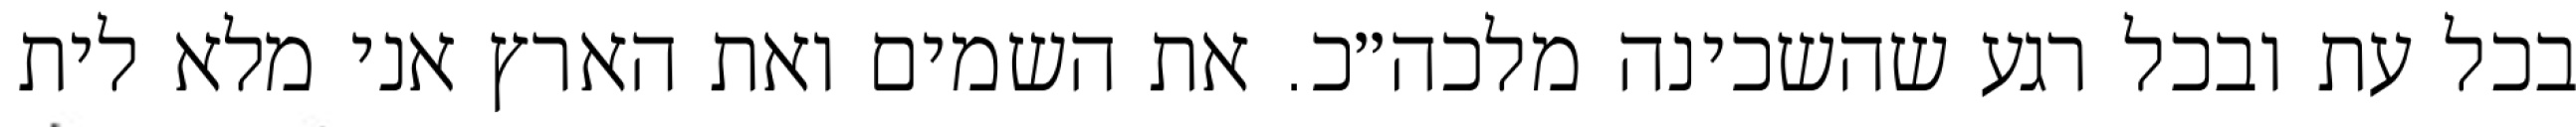
בכל עת ובכל רגע שהשכינה מלכה״כ. את השמים ואת הארץ אני מלא לית